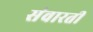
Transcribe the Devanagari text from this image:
संवारती